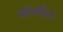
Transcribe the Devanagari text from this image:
कॉर्मोरंट